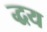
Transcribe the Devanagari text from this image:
द्धय